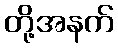
တို့အနက်